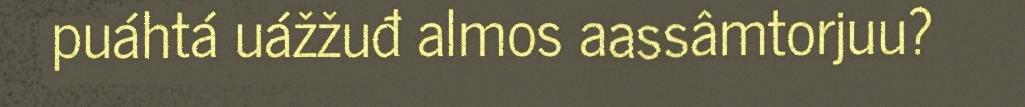
puáhtá uážžuđ almos aassâmtorjuu?